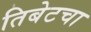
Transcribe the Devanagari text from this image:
तिबेटचा